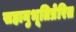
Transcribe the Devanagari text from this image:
सहानुभूतिप्रेरित